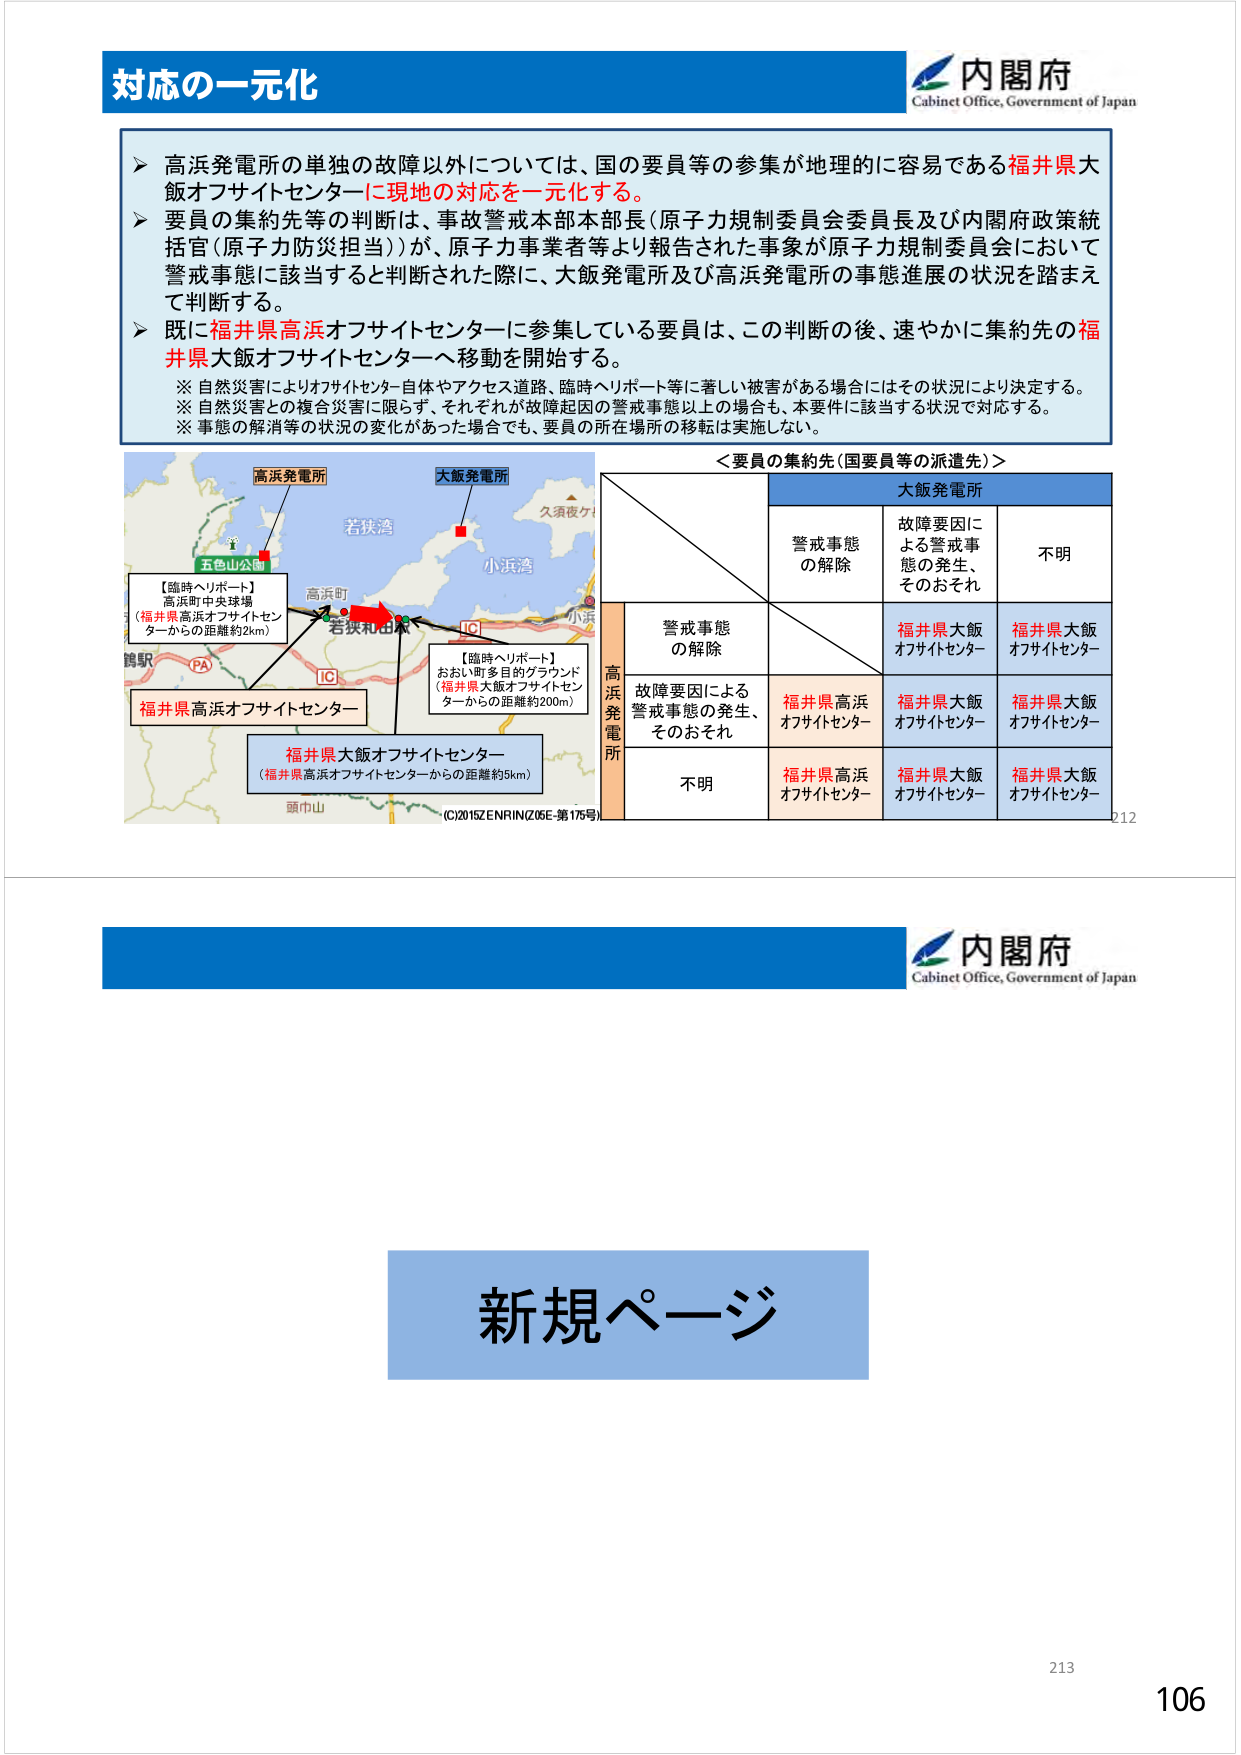
対応の一元化
内閣府
Cabinet Office, Government of Japan
➤ 高浜発電所の単独の故障以外については、国の要員等の参集が地理的に容易である福井県大飯オフサイトセンターに現地の対応を一元化する。
➤ 要員の集約先等の判断は、事故警戒本部長（原子力規制委員会委員長及び内閣府政策統括官（原子力防災担当））が、原子力事業者等より報告された事象が原子力規制委員会において警戒事態に該当すると判断された際に、大飯発電所及び高浜発電所の事態進展の状況を踏まえて判断する。
➤ 既に福井県高浜オフサイトセンターに参集している要員は、この判断の後、速やかに集約先の福井県大飯オフサイトセンターへ移動を開始する。
※ 自然災害によりオフサイトセンター自体やアクセス道路、臨時ヘリポート等に著しい被害がある場合にはその状況により決定する。
※ 自然災害との複合災害に限らず、それぞれが故障要因の警戒事態以上の場合も、本要件に該当する状況で対応する。
※ 事態の解消等の状況の変化があった場合でも、要員の所在場所の移転は実施しない。
＜要員の集約先（国要員等の派遣先）＞
大飯発電所
警戒事態の解除
故障要因による警戒事態の発生、そのおそれ
不明
高浜発電所
警戒事態の解除
福井県大飯オフサイトセンター
福井県大飯オフサイトセンター
故障要因による警戒事態の発生、そのおそれ
福井県高浜オフサイトセンター
福井県大飯オフサイトセンター
福井県大飯オフサイトセンター
不明
福井県高浜オフサイトセンター
福井県大飯オフサイトセンター
福井県大飯オフサイトセンター
高浜発電所
大飯発電所
五色山公園
若狭湾
久須夜ケ
小浜湾
小浜
高浜町
若狭和田駅
IC
IC
鶴駅
PA
頭巾山
【臨時ヘリポート】
高浜町中央球場
（福井県高浜オフサイトセンターからの距離約2km）
【臨時ヘリポート】
おおい町多目的グラウンド
（福井県大飯オフサイトセンターからの距離約200m）
福井県高浜オフサイトセンター
福井県大飯オフサイトセンター
（福井県高浜オフサイトセンターからの距離約9km）
(C)2015ZENRIN(Z05E-第175号)
内閣府
Cabinet Office, Government of Japan
新規ページ
212
213
106